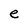
Character: e